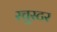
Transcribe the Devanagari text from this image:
स्चुस्टर